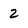
Character: Z